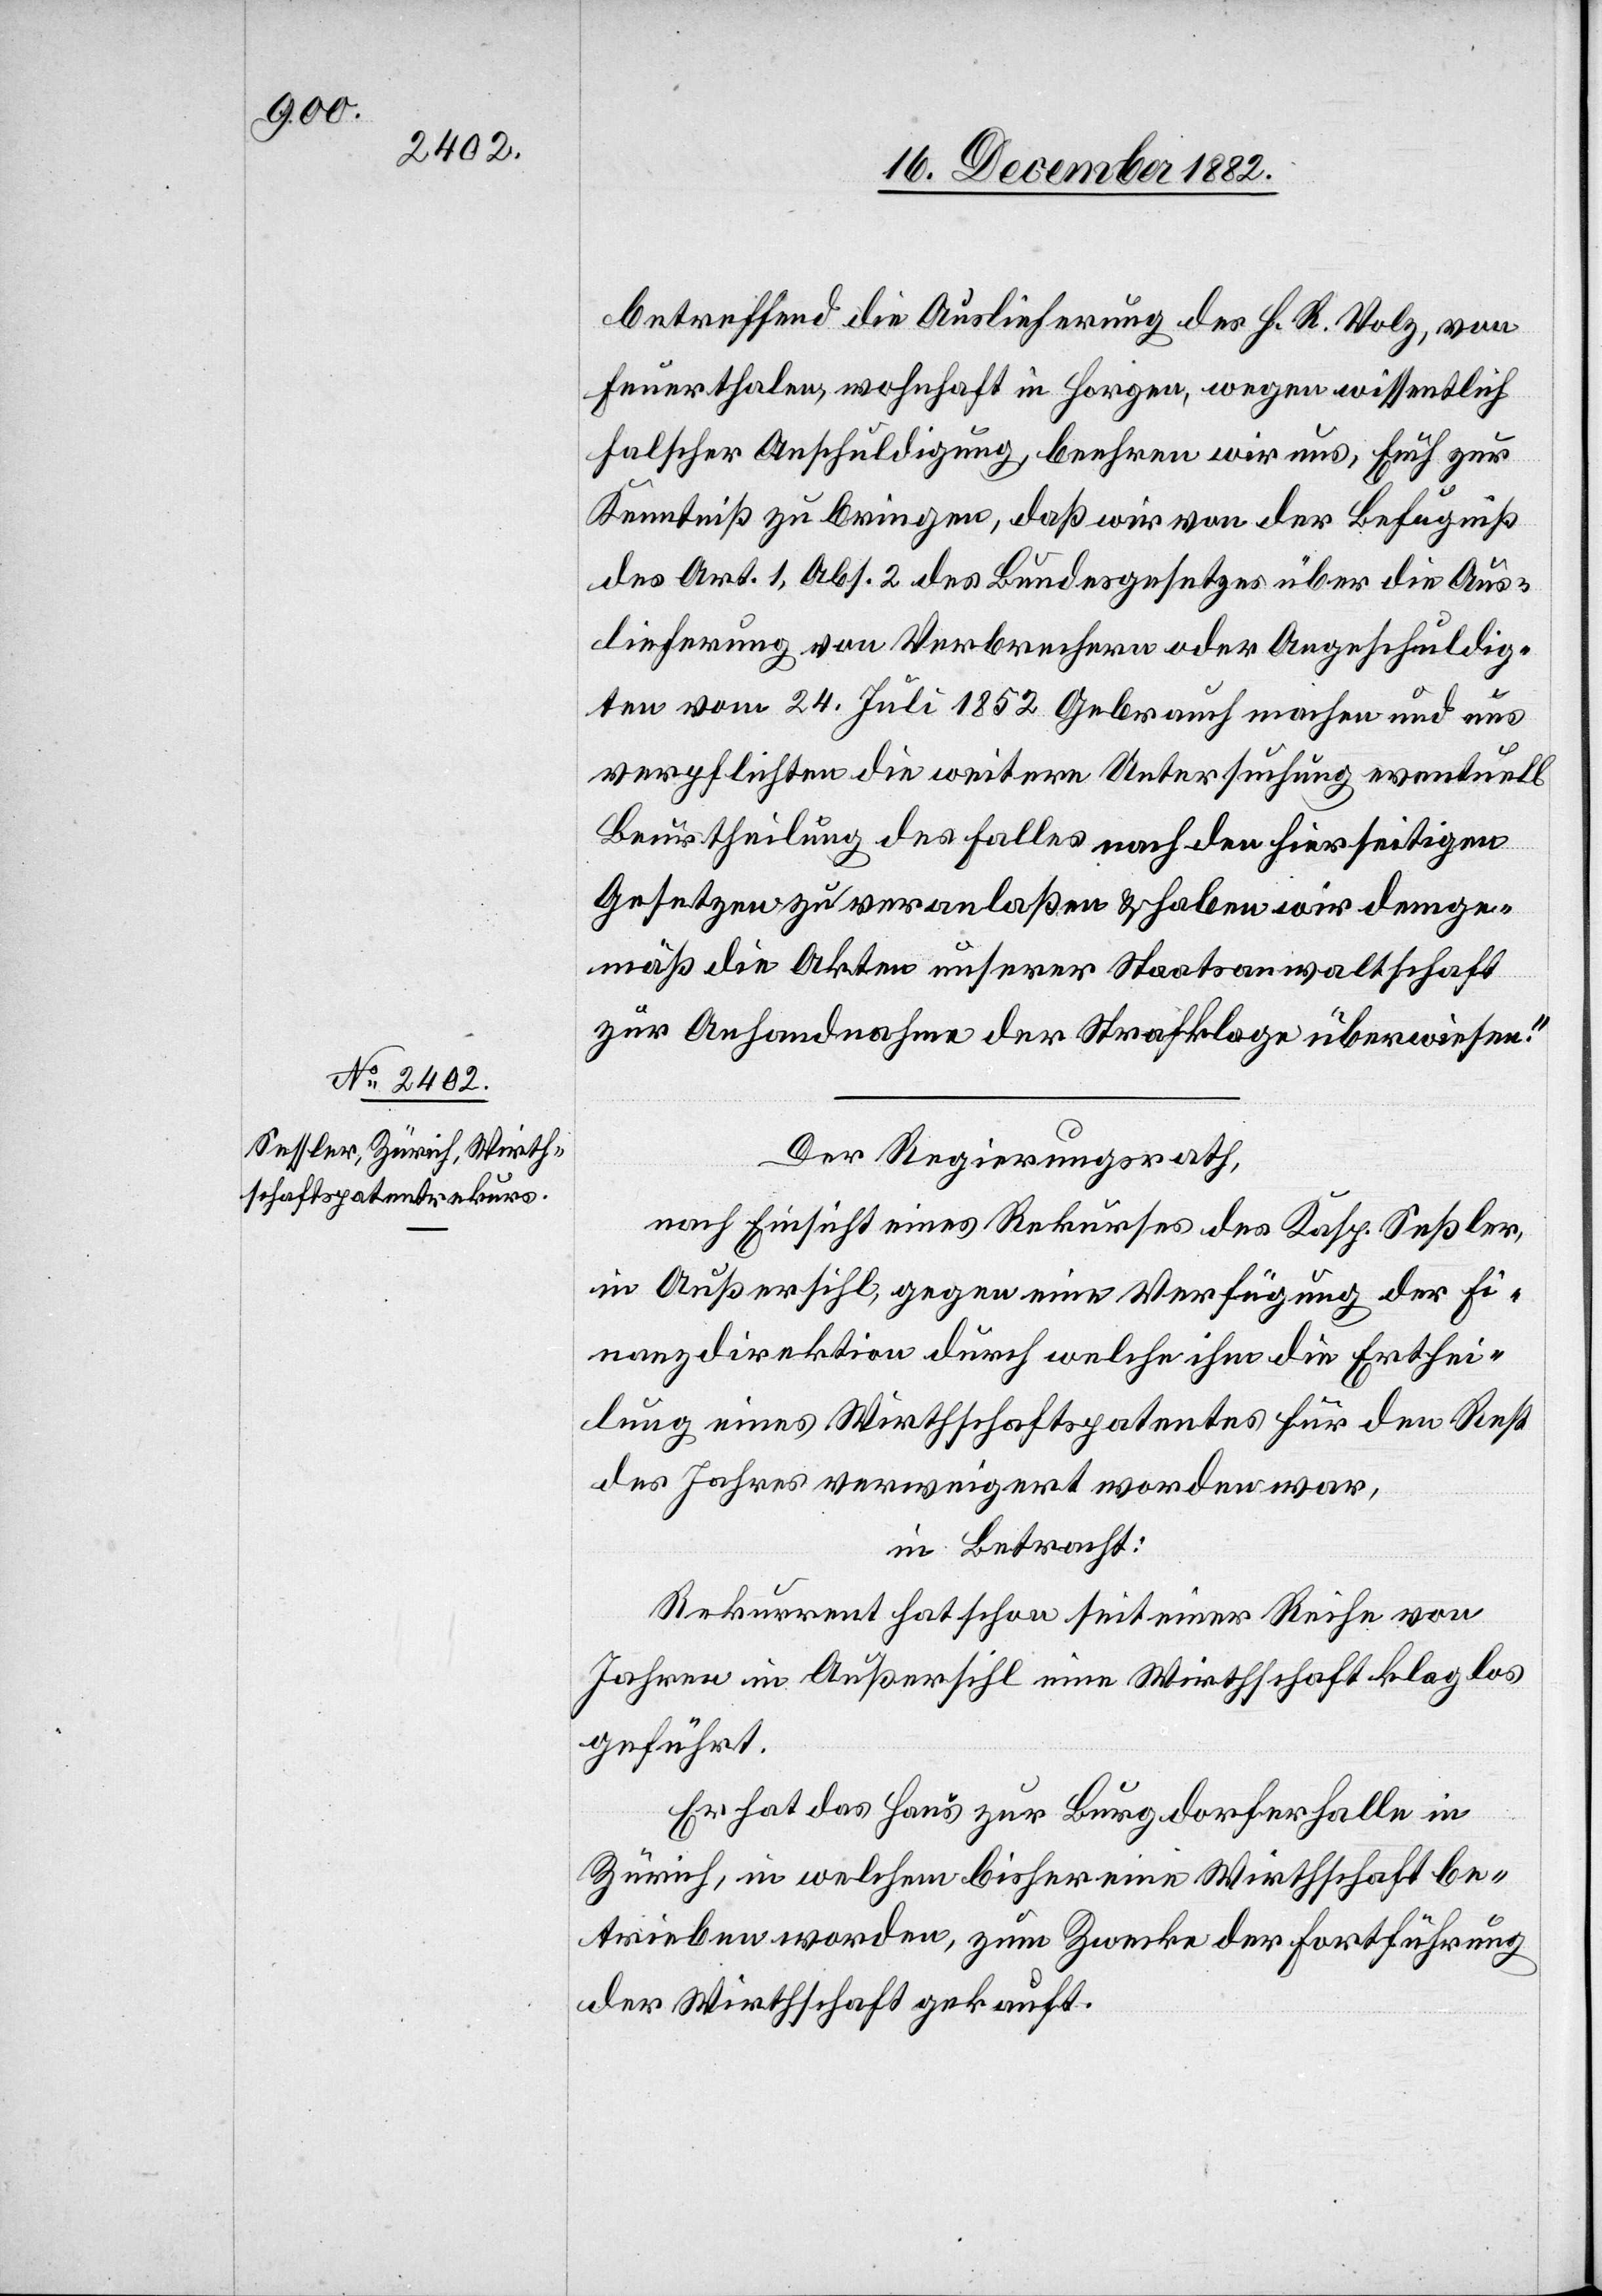
betreffend die Auslieferung des H. R. Volz, von
Feuerthalen, wohnhaft in Horgen, wegen wissentlich
falscher Anschuldigung, beehren wir uns, Euch zur
Kenntniß zu bringen, daß wir von der Befugniß
des Art. 1, Abs. 2 des Bundesgesetzes über die Aus¬
lieferung von Verbrechern oder Angeschuldig¬
ten vom 24. Juli 1852 Gebrauch machen und uns
verpflichten die weitere Untersuchung eventuell
Beurtheilung des Falles nach den hierseitigen
Gesetzen zu veranlaßen & haben wir demge¬
mäß die Akten unserer Staatsanwaltschaft
zur Anhandnahme der Strafklage überwiesen.“
Der Regierungsrath,
in Außersihl, gegen eine Verfügung der Fi¬
nanzdirektion durch welche ihm die Erthei¬
lung eines Wirthschaftspatentes für den Rest
des Jahres verweigert worden war,
in Betracht:
Rekurrent hat schon seit einer Reihe von
Jahren in Außersihl eine Wirthschaft klaglos
geführt.
Er hat das Haus zur Burgdorferhalle in
des
Zürich, in welchem bisher eine Wirthschaft be¬
trieben worden, zum Zwecke der Fortführung
der Wirthschaft gekauft.